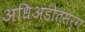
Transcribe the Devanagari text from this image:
अधिअंडोत्सर्ग